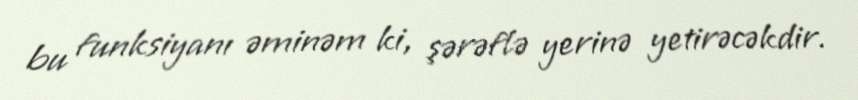
bu funksiyanı əminəm ki, şərəflə yerinə yetirəcəkdir.